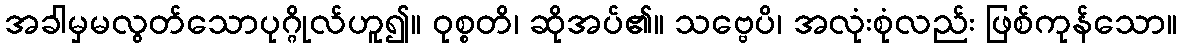
အခါမှမလွတ်သောပုဂ္ဂိုလ်ဟူ၍။ ဝုစ္စတိ၊ ဆိုအပ်၏။ သဗ္ဗေပိ၊ အလုံးစုံလည်း ဖြစ်ကုန်သော။